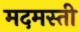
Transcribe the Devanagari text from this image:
मदमस्ती